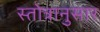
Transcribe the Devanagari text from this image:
स्तोत्रानुसार